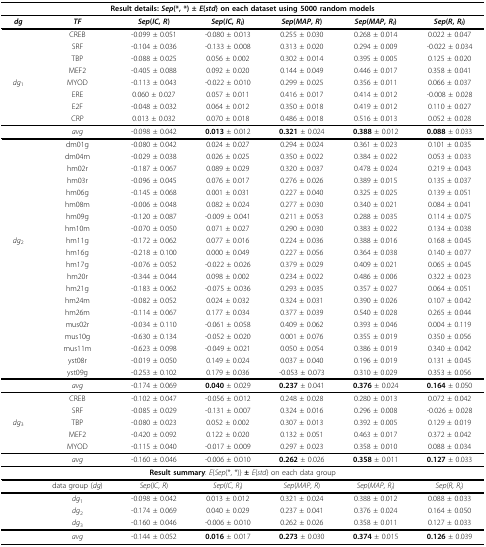
<table><thead><tr><td colspan="7"><b>Result details: <i>Sep</i>(*, *) ± <i>E</i>{<i>std</i>} on each dataset using 5000 random models</b></td></tr></thead><tbody><tr><td><b><i>dg</i></b></td><td><b><i>TF</i></b></td><td><b><i>Sep</i>(<i>IC</i>, <i>R</i>)</b></td><td><b><i>Sep</i>(<i>IC</i>, <i>R<sub>l</sub></i>)</b></td><td><b><i>Sep</i>(<i>MAP</i>, <i>R</i>)</b></td><td><b><i>Sep</i>(<i>MAP</i>, <i>R<sub>l</sub></i>)</b></td><td><b><i>Sep</i>(<i>R</i>, <i>R<sub>l</sub></i>)</b></td></tr><tr><td></td><td>CREB</td><td>-0.099 ± 0.051</td><td>-0.080 ± 0.013</td><td>0.255 ± 0.030</td><td>0.268 ± 0.014</td><td>0.022 ± 0.047</td></tr><tr><td></td><td>SRF</td><td>-0.104 ± 0.036</td><td>-0.133 ± 0.008</td><td>0.313 ± 0.020</td><td>0.294 ± 0.009</td><td>-0.022 ± 0.034</td></tr><tr><td></td><td>TBP</td><td>-0.088 ± 0.025</td><td>0.056 ± 0.002</td><td>0.302 ± 0.014</td><td>0.395 ± 0.005</td><td>0.125 ± 0.020</td></tr><tr><td></td><td>MEF2</td><td>-0.405 ± 0.088</td><td>0.092 ± 0.020</td><td>0.144 ± 0.049</td><td>0.446 ± 0.017</td><td>0.358 ± 0.041</td></tr><tr><td><i>dg</i><sub>1</sub></td><td>MYOD</td><td>-0.113 ± 0.043</td><td>-0.022 ± 0.010</td><td>0.299 ± 0.025</td><td>0.356 ± 0.011</td><td>0.066 ± 0.037</td></tr><tr><td></td><td>ERE</td><td>0.060 ± 0.027</td><td>0.057 ± 0.011</td><td>0.416 ± 0.017</td><td>0.414 ± 0.012</td><td>-0.008 ± 0.028</td></tr><tr><td></td><td>E2F</td><td>-0.048 ± 0.032</td><td>0.064 ± 0.012</td><td>0.350 ± 0.018</td><td>0.419 ± 0.012</td><td>0.110 ± 0.027</td></tr><tr><td></td><td>CRP</td><td>0.013 ± 0.032</td><td>0.070 ± 0.018</td><td>0.486 ± 0.018</td><td>0.516 ± 0.013</td><td>0.052 ± 0.028</td></tr><tr><td></td><td><i>avg</i></td><td>-0.098 ± 0.042</td><td><b>0.013 </b>± 0.012</td><td><b>0.321 </b>± 0.024</td><td><b>0.388 </b>± 0.012</td><td><b>0.088 </b>± 0.033</td></tr><tr><td></td><td>dm01g</td><td>-0.080 ± 0.042</td><td>0.024 ± 0.027</td><td>0.294 ± 0.024</td><td>0.361 ± 0.023</td><td>0.101 ± 0.035</td></tr><tr><td></td><td>dm04m</td><td>-0.029 ± 0.038</td><td>0.026 ± 0.025</td><td>0.350 ± 0.022</td><td>0.384 ± 0.022</td><td>0.053 ± 0.033</td></tr><tr><td></td><td>hm02r</td><td>-0.187 ± 0.067</td><td>0.089 ± 0.029</td><td>0.320 ± 0.037</td><td>0.478 ± 0.024</td><td>0.219 ± 0.043</td></tr><tr><td></td><td>hm03r</td><td>-0.096 ± 0.045</td><td>0.076 ± 0.017</td><td>0.276 ± 0.026</td><td>0.389 ± 0.015</td><td>0.135 ± 0.037</td></tr><tr><td></td><td>hm06g</td><td>-0.145 ± 0.068</td><td>0.001 ± 0.031</td><td>0.227 ± 0.040</td><td>0.325 ± 0.025</td><td>0.139 ± 0.051</td></tr><tr><td></td><td>hm08m</td><td>-0.006 ± 0.048</td><td>0.082 ± 0.024</td><td>0.277 ± 0.030</td><td>0.340 ± 0.021</td><td>0.084 ± 0.041</td></tr><tr><td></td><td>hm09g</td><td>-0.120 ± 0.087</td><td>-0.009 ± 0.041</td><td>0.211 ± 0.053</td><td>0.288 ± 0.035</td><td>0.114 ± 0.075</td></tr><tr><td></td><td>hm10m</td><td>-0.070 ± 0.050</td><td>0.071 ± 0.027</td><td>0.290 ± 0.030</td><td>0.383 ± 0.022</td><td>0.134 ± 0.038</td></tr><tr><td><i>dg</i><sub>2</sub></td><td>hm11g</td><td>-0.172 ± 0.062</td><td>0.077 ± 0.016</td><td>0.224 ± 0.036</td><td>0.388 ± 0.016</td><td>0.168 ± 0.045</td></tr><tr><td></td><td>hm16g</td><td>-0.218 ± 0.100</td><td>0.000 ± 0.049</td><td>0.227 ± 0.056</td><td>0.364 ± 0.038</td><td>0.140 ± 0.077</td></tr><tr><td></td><td>hm17g</td><td>-0.076 ± 0.052</td><td>-0.022 ± 0.026</td><td>0.379 ± 0.029</td><td>0.409 ± 0.021</td><td>0.065 ± 0.045</td></tr><tr><td></td><td>hm20r</td><td>-0.344 ± 0.044</td><td>0.098 ± 0.002</td><td>0.234 ± 0.022</td><td>0.486 ± 0.006</td><td>0.322 ± 0.023</td></tr><tr><td></td><td>hm21g</td><td>-0.183 ± 0.062</td><td>-0.075 ± 0.036</td><td>0.293 ± 0.035</td><td>0.357 ± 0.027</td><td>0.064 ± 0.051</td></tr><tr><td></td><td>hm24m</td><td>-0.082 ± 0.052</td><td>0.024 ± 0.032</td><td>0.324 ± 0.031</td><td>0.390 ± 0.026</td><td>0.107 ± 0.042</td></tr><tr><td></td><td>hm26m</td><td>-0.114 ± 0.067</td><td>0.177 ± 0.034</td><td>0.377 ± 0.039</td><td>0.540 ± 0.028</td><td>0.265 ± 0.044</td></tr><tr><td></td><td>mus02r</td><td>-0.034 ± 0.110</td><td>-0.061 ± 0.058</td><td>0.409 ± 0.062</td><td>0.393 ± 0.046</td><td>0.004 ± 0.119</td></tr><tr><td></td><td>mus10g</td><td>-0.630 ± 0.134</td><td>-0.052 ± 0.020</td><td>0.001 ± 0.076</td><td>0.355 ± 0.019</td><td>0.350 ± 0.056</td></tr><tr><td></td><td>mus11m</td><td>-0.623 ± 0.098</td><td>-0.049 ± 0.021</td><td>0.050 ± 0.054</td><td>0.386 ± 0.019</td><td>0.340 ± 0.042</td></tr><tr><td></td><td>yst08r</td><td>-0.019 ± 0.050</td><td>0.149 ± 0.024</td><td>0.037 ± 0.040</td><td>0.196 ± 0.019</td><td>0.131 ± 0.045</td></tr><tr><td></td><td>yst09g</td><td>-0.253 ± 0.102</td><td>0.179 ± 0.036</td><td>-0.053 ± 0.073</td><td>0.310 ± 0.029</td><td>0.353 ± 0.056</td></tr><tr><td></td><td><i>avg</i></td><td>-0.174 ± 0.069</td><td><b>0.040 </b>± 0.029</td><td><b>0.237 </b>± 0.041</td><td><b>0.376 </b>± 0.024</td><td><b>0.164 </b>± 0.050</td></tr><tr><td></td><td>CREB</td><td>-0.102 ± 0.047</td><td>-0.056 ± 0.012</td><td>0.248 ± 0.028</td><td>0.280 ± 0.013</td><td>0.072 ± 0.042</td></tr><tr><td></td><td>SRF</td><td>-0.085 ± 0.029</td><td>-0.131 ± 0.007</td><td>0.324 ± 0.016</td><td>0.296 ± 0.008</td><td>-0.026 ± 0.028</td></tr><tr><td><i>dg</i><sub>3</sub></td><td>TBP</td><td>-0.080 ± 0.023</td><td>0.052 ± 0.002</td><td>0.307 ± 0.013</td><td>0.392 ± 0.005</td><td>0.129 ± 0.019</td></tr><tr><td></td><td>MEF2</td><td>-0.420 ± 0.092</td><td>0.122 ± 0.020</td><td>0.132 ± 0.051</td><td>0.463 ± 0.017</td><td>0.372 ± 0.042</td></tr><tr><td></td><td>MYOD</td><td>-0.115 ± 0.040</td><td>-0.017 ± 0.009</td><td>0.297 ± 0.023</td><td>0.358 ± 0.010</td><td>0.088 ± 0.034</td></tr><tr><td></td><td><i>avg</i></td><td>-0.160 ± 0.046</td><td>-0.006 ± 0.010</td><td><b>0.262 </b>± 0.026</td><td><b>0.358 </b>± 0.011</td><td><b>0.127 </b>± 0.033</td></tr><tr><td colspan="7"><b>Result summary</b>: <i>E</i>{<i>Sep</i>(*, *)} <b>± </b><i>E</i>{<i>std</i>} on each data group</td></tr><tr><td></td><td>data group (<i>dg</i>)</td><td><i>Sep</i>(<i>IC</i>, <i>R</i>)</td><td><i>Sep</i>(<i>IC</i>, <i>R<sub>l</sub></i>)</td><td><i>Sep</i>(<i>MAP</i>, <i>R</i>)</td><td><i>Sep</i>(<i>MAP</i>, <i>R<sub>l</sub></i>)</td><td><i>Sep</i>(<i>R</i>, <i>R<sub>l</sub></i>)</td></tr><tr><td></td><td><i>dg</i><sub>1</sub></td><td>-0.098 ± 0.042</td><td>0.013 ± 0.012</td><td>0.321 ± 0.024</td><td>0.388 ± 0.012</td><td>0.088 ± 0.033</td></tr><tr><td></td><td><i>dg</i><sub>2</sub></td><td>-0.174 ± 0.069</td><td>0.040 ± 0.029</td><td>0.237 ± 0.041</td><td>0.376 ± 0.024</td><td>0.164 ± 0.050</td></tr><tr><td></td><td><i>dg</i><sub>3</sub></td><td>-0.160 ± 0.046</td><td>-0.006 ± 0.010</td><td>0.262 ± 0.026</td><td>0.358 ± 0.011</td><td>0.127 ± 0.033</td></tr><tr><td></td><td><i>avg</i></td><td>-0.144 ± 0.052</td><td><b>0.016 </b>± 0.017</td><td><b>0.273 </b>± 0.030</td><td><b>0.374 </b>± 0.015</td><td><b>0.126 </b>± 0.039</td></tr></tbody></table>